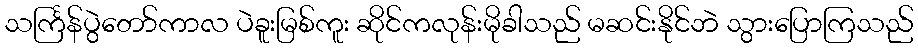
သင်္ကြန်ပွဲတော်ကာလ ပဲခူးမြစ်ကူး ဆိုင်ကလုန်းမိုခါသည် မဆင်းနိုင်ဘဲ သွားပြောကြသည်